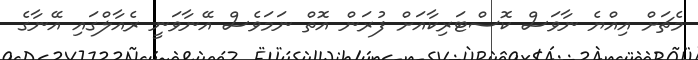
މެޗަށް އިއްޔެ ނާވަސް ކޮސްޓަރިކާއަށް ފުރަން އޮތް ނަމަވެސް އޭނާވަނީ ރެއާލްގައި އޭނާގެ